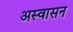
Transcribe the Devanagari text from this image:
अस्वासन